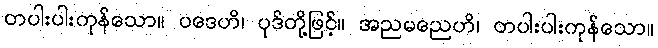
တပါးပါးကုန်သော။ ပဒေဟိ၊ ပုဒ်တို့ဖြင့်။ အညမညေဟိ၊ တပါးပါးကုန်သော။